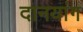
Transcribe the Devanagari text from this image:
दानयांग